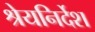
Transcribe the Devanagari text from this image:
श्रेयनिर्देश